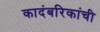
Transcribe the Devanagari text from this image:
कादंबरिकांची